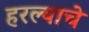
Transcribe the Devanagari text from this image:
हरल्याचे